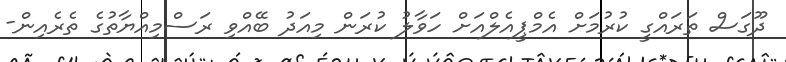
ދޫގަސް ތަރައްގީ ކުރުމަށް އެމްޕީއެލްއަށް ހަވާލު ކުރަން މިއަދު ބޭއްވި ރަސްމިއްޔާތުގެ ތެރެއިން-